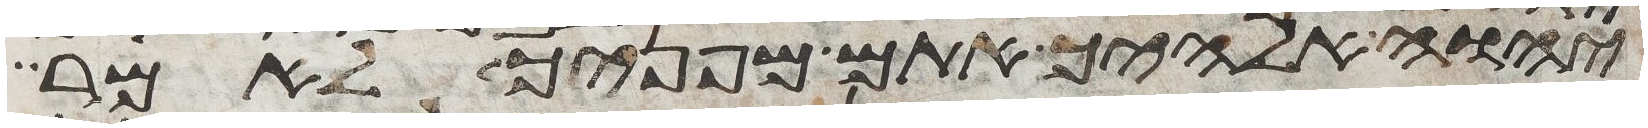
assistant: יהוה אלהיך אתם מפניך לאמר